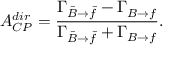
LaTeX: A _ { C P } ^ { d i r } = \frac { \Gamma _ { \bar { B } \to \bar { f } } - \Gamma _ { B \to f } } { \Gamma _ { \bar { B } \to \bar { f } } + \Gamma _ { B \to f } } .